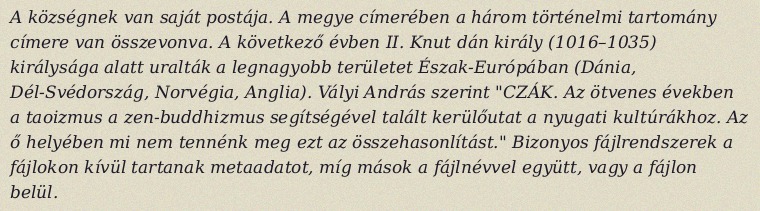
A községnek van saját postája. A megye címerében a három történelmi tartomány címere van összevonva. A következő évben II. Knut dán király (1016–1035) királysága alatt uralták a legnagyobb területet Észak-Európában (Dánia, Dél-Svédország, Norvégia, Anglia). Vályi András szerint "CZÁK. Az ötvenes években a taoizmus a zen-buddhizmus segítségével talált kerülőutat a nyugati kultúrákhoz. Az ő helyében mi nem tennénk meg ezt az összehasonlítást." Bizonyos fájlrendszerek a fájlokon kívül tartanak metaadatot, míg mások a fájlnévvel együtt, vagy a fájlon belül.